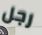
رجل